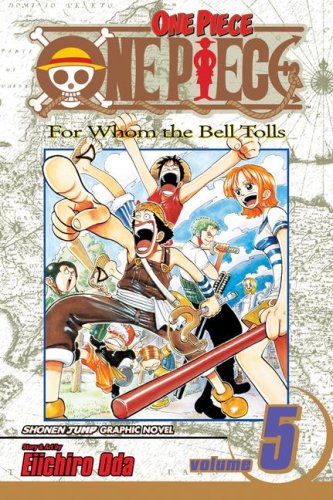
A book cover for One Piece, Vol. 5: For Whom the Bell Tolls; Eiichiro Oda; Comics & Graphic Novels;